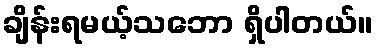
ချိန်းရမယ့်သဘော ရှိပါတယ်။